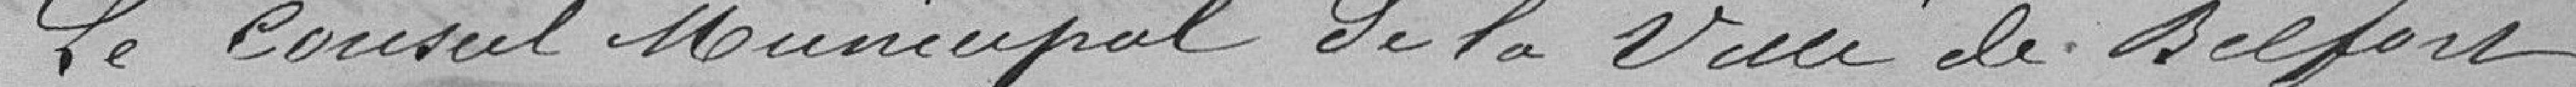
Le Conseil Municipal de la Ville de Belfort,